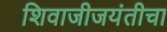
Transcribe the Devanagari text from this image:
शिवाजीजयंतीचा